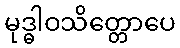
မုဒ္ဓါဝသိတ္တောပေ